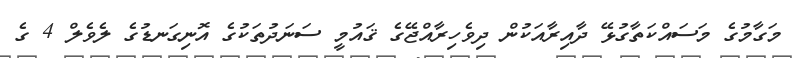
މަގާމުގެ މަސައްކަތާގުޅޭ ދާއިރާއަކުން ދިވެހިރާއްޖޭގެ ޤައުމީ ސަނަދުތަކުގެ އޮނިގަނޑުގެ ލެވެލް 4 ގެ